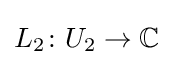
L_{2}\colon U_{2}\to \mathbb {C}